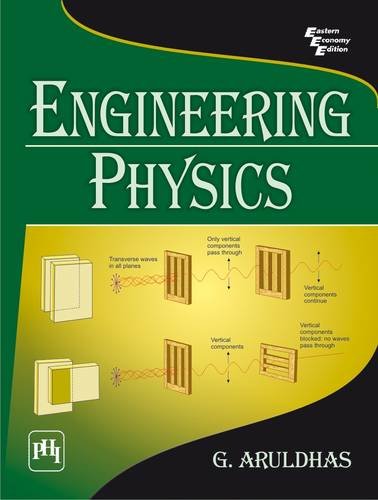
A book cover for Engineering Physics; G. Aruldhas; Science & Math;